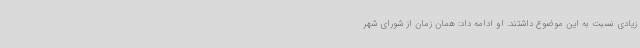
زیادی نسبت به این موضوع داشتند. او ادامه داد: همان زمان از شورای شهر